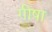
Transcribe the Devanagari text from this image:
गीषा